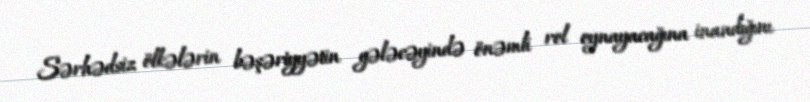
Sərhədsiz ölkələrin bəşəriyyətin gələcəyində önəmli rol oynayacağına inandığını